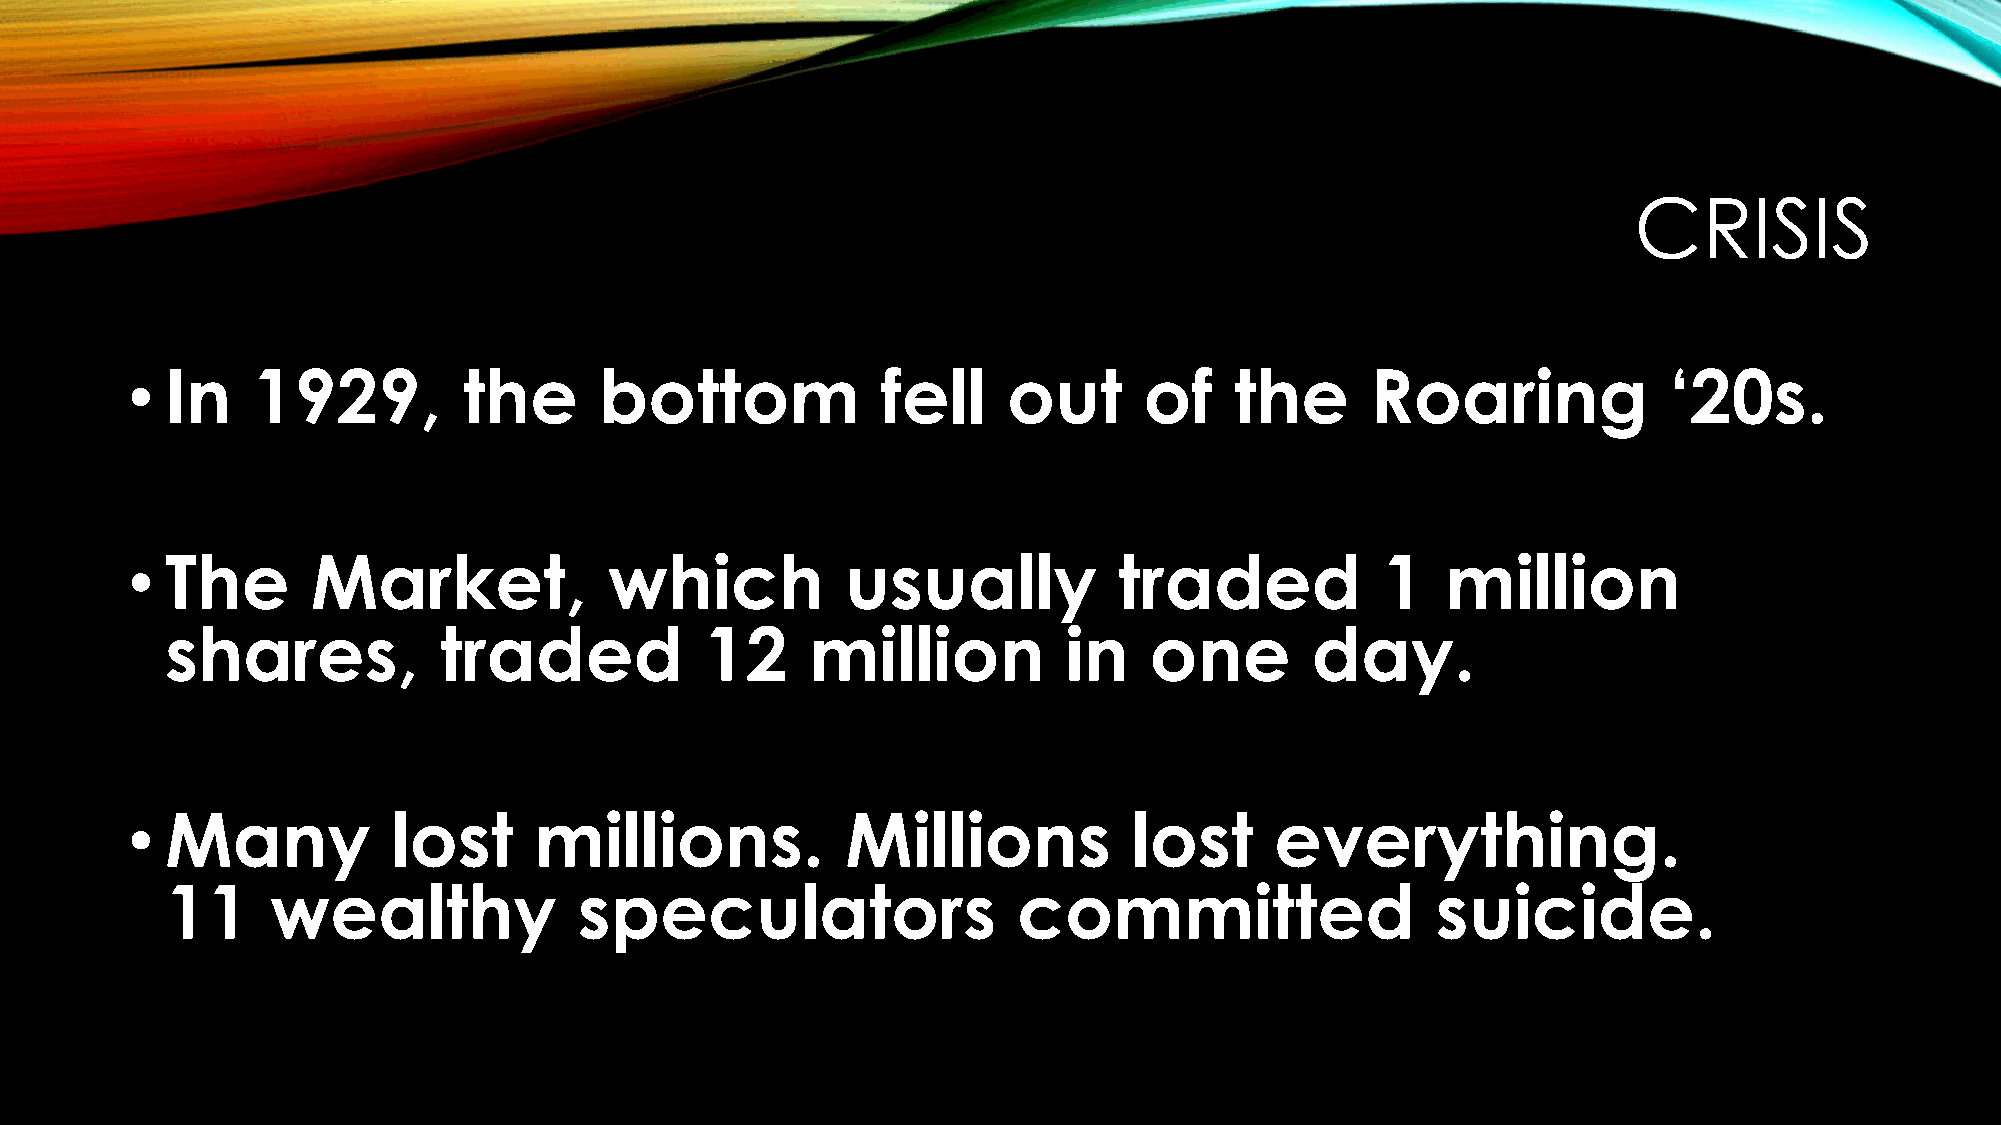
CRISIS
 •  In    1929,         the      bottom            fell     out      of    the      Roaring            ‘20s.
 •  The       Market,            which           usually           traded           1    million
 shares,           traded            12     million          in   one        day.
 •  Many           lost     millions.            Millions           lost     everything.
 11     wealthy             speculators                  committed                   suicide.